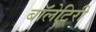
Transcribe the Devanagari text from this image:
बॉलेटिरी